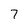
Character: 7